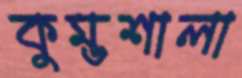
কুম্ভশালা